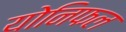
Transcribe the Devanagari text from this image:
योनिफल